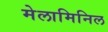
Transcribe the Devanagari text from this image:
मेलामिनिल